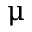
\upmu